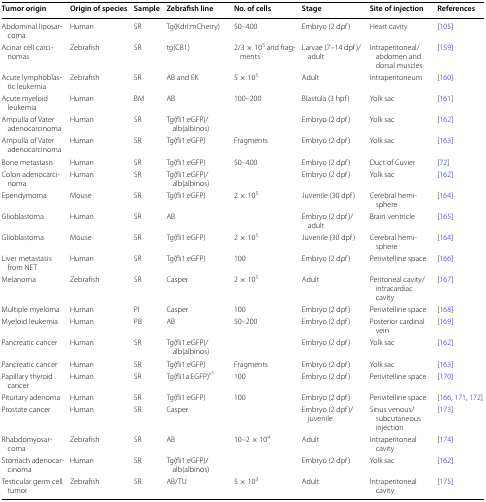
<table><thead><tr><td><b>Tumor origin</b></td><td><b>Origin of species</b></td><td><b>Sample</b></td><td><b>Zebrafish line</b></td><td><b>No. of cells</b></td><td><b>Stage</b></td><td><b>Site of injection</b></td><td><b>References</b></td></tr></thead><tbody><tr><td>Abdominal liposarcoma</td><td>Human</td><td>SR</td><td>Tg(Kdrl:mCherry)</td><td>50–400</td><td>Embryo (2 dpf)</td><td>Heart cavity</td><td>[105]</td></tr><tr><td>Acinar cell carcinomas</td><td>Zebrafish</td><td>SR</td><td>tg(CB1)</td><td>2/3 × 10<sup>5</sup> and fragments</td><td>Larvae (7–14 dpf)/adult</td><td>Intraperitoneal/abdomen and dorsal muscles</td><td>[159]</td></tr><tr><td>Acute lymphoblastic leukemia</td><td>Zebrafish</td><td>SR</td><td>AB and EK</td><td>5 × 10<sup>5</sup></td><td>Adult</td><td>Intraperitoneum</td><td>[160]</td></tr><tr><td>Acute myeloid leukemia</td><td>Human</td><td>BM</td><td>AB</td><td>100–200</td><td>Blastula (3 hpf)</td><td>Yolk sac</td><td>[161]</td></tr><tr><td>Ampulla of Vater adenocarcinoma</td><td>Human</td><td>SR</td><td>Tg(fli1:eGFP)/alb(albinos)</td><td></td><td>Embryo (2 dpf)</td><td>Yolk sac</td><td>[162]</td></tr><tr><td>Ampulla of Vater adenocarcinoma</td><td>Human</td><td>SR</td><td>Tg(fli1:eGFP)</td><td>Fragments</td><td>Embryo (2 dpf)</td><td>Yolk sac</td><td>[163]</td></tr><tr><td>Bone metastasis</td><td>Human</td><td>SR</td><td>Tg(fli1:eGFP)</td><td>50–400</td><td>Embryo (2 dpf)</td><td>Duct of Cuvier</td><td>[72]</td></tr><tr><td>Colon adenocarcinoma</td><td>Human</td><td>SR</td><td>Tg(fli1:eGFP)/alb(albinos)</td><td></td><td>Embryo (2 dpf)</td><td>Yolk sac</td><td>[162]</td></tr><tr><td>Ependymoma</td><td>Mouse</td><td>SR</td><td>Tg(fli1:eGFP)</td><td>2 × 10<sup>5</sup></td><td>Juvenile (30 dpf)</td><td>Cerebral hemisphere</td><td>[164]</td></tr><tr><td>Glioblastoma</td><td>Human</td><td>SR</td><td>AB</td><td></td><td>Embryo (2 dpf)/adult</td><td>Brain ventricle</td><td>[165]</td></tr><tr><td>Glioblastoma</td><td>Mouse</td><td>SR</td><td>Tg(fli1:eGFP)</td><td>2 × 10<sup>5</sup></td><td>Juvenile (30 dpf)</td><td>Cerebral hemisphere</td><td>[164]</td></tr><tr><td>Liver metastasis from NET</td><td>Human</td><td>SR</td><td>Tg(fli1:eGFP)</td><td>100</td><td>Embryo (2 dpf)</td><td>Perivitelline space</td><td>[166]</td></tr><tr><td>Melanoma</td><td>Zebrafish</td><td>SR</td><td>Casper</td><td>2 × 10<sup>5</sup></td><td>Adult</td><td>Peritoneal cavity/intracardiac cavity</td><td>[167]</td></tr><tr><td>Multiple myeloma</td><td>Human</td><td>Pl</td><td>Casper</td><td>100</td><td>Embryo (2 dpf)</td><td>Perivitelline space</td><td>[168]</td></tr><tr><td>Myeloid leukemia</td><td>Human</td><td>PB</td><td>AB</td><td>50–200</td><td>Embryo (2 dpf)</td><td>Posterior cardinal vein</td><td>[169]</td></tr><tr><td>Pancreatic cancer</td><td>Human</td><td>SR</td><td>Tg(fli1:eGFP)/alb(albinos)</td><td></td><td>Embryo (2 dpf)</td><td>Yolk sac</td><td>[162]</td></tr><tr><td>Pancreatic cancer</td><td>Human</td><td>SR</td><td>Tg(fli1:eGFP)</td><td>Fragments</td><td>Embryo (2 dpf)</td><td>Yolk sac</td><td>[163]</td></tr><tr><td>Papillary thyroid cancer</td><td>Human</td><td>SR</td><td>Tg(fli1a:EGFP)<sup>y1</sup></td><td>100</td><td>Embryo (2 dpf)</td><td>Perivitelline space</td><td>[170]</td></tr><tr><td>Pituitary adenoma</td><td>Human</td><td>SR</td><td>Tg(fli1:eGFP)</td><td>100</td><td>Embryo (2 dpf)</td><td>Perivitelline space</td><td>[166, 171, 172]</td></tr><tr><td>Prostate cancer</td><td>Human</td><td>SR</td><td>Casper</td><td></td><td>Embryo (2 dpf)/juvenile</td><td>Sinus venous/subcutaneous injection</td><td>[173]</td></tr><tr><td>Rhabdomyosarcoma</td><td>Zebrafish</td><td>SR</td><td>AB</td><td>10–2 × 10<sup>4</sup></td><td>Adult</td><td>Intraperitoneal cavity</td><td>[174]</td></tr><tr><td>Stomach adenocarcinoma</td><td>Human</td><td>SR</td><td>Tg(fli1:eGFP)/alb(albinos)</td><td></td><td>Embryo (2 dpf)</td><td>Yolk sac</td><td>[162]</td></tr><tr><td>Testicular germ cell tumor</td><td>Zebrafish</td><td>SR</td><td>AB/TU</td><td>5 × 10<sup>3</sup></td><td>Adult</td><td>Intraperitoneal cavity</td><td>[175]</td></tr></tbody></table>